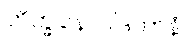
ဘိက္ခုနောဝါဒကာနံ